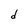
Character: d